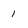
Character: 1